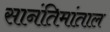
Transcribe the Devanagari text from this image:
सानंतिमांताल